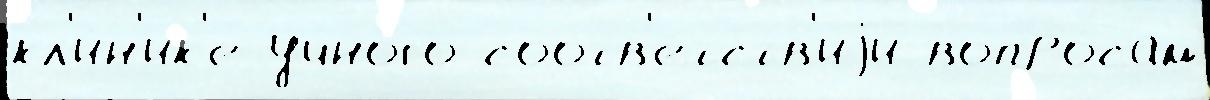
кл'и́н'ик'е уч́ного соотв'е́тств'иjи вопро́сам